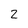
Character: 2